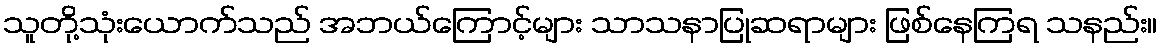
သူတို့သုံးယောက်သည် အဘယ်ကြောင့်များ သာသနာပြုဆရာများ ဖြစ်နေကြရ သနည်း။